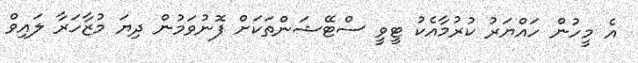
އެ މީހުން ހައްޔަރު ކުރުމާއެކު ޓީވީ ސްޓޭޝަންތަކަށް ފޮނުވަމުން ދިޔަ މުޒާހަރާ ލައިވް